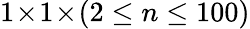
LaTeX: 1\! \times\! 1\! \times\! (2\leq n\leq 100)